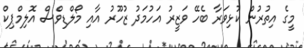
މީގެ އިތުރުން ކުޅިވަރާ ބެހޭ ވަޒީރު އަހުމަދު ޒުހޫރު އާއި މޯލްޑިވްސް އޮލިމްޕިކް